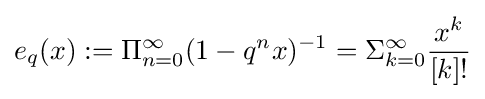
e_{q}(x):=\Pi _{n=0}^{\infty }(1-q^{n}x)^{-1}=\Sigma _{k=0}^{\infty }{\frac {x^{k}}{[k]!}}